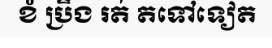
ខំ ប្រឹង រត់ តទៅទៀត